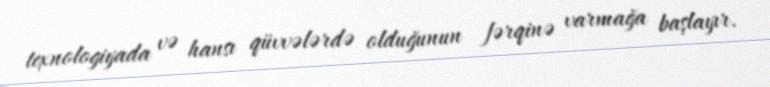
texnologiyada və hansı qüvvələrdə olduğunun fərqinə varmağa başlayır.